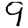
Digit: 9